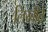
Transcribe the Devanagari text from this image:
लिखीते